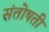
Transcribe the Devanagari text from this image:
संतोषती